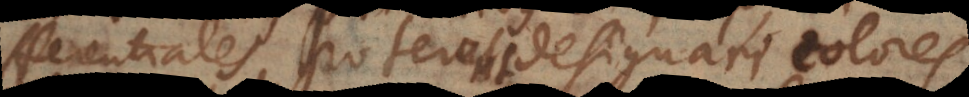
erentiales, poterunt designari colores